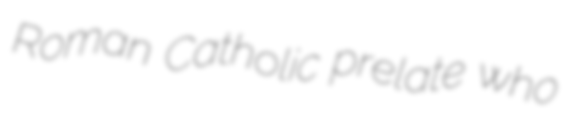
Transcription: Roman Catholic prelate who